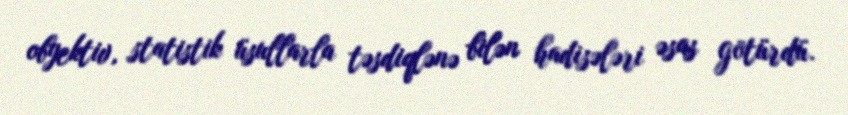
obyektiv, statistik üsullarla təsdiqlənə bilən hadisələri əsas götürdü.